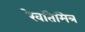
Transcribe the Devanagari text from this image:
रेवतिमित्र